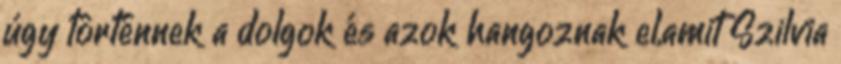
úgy történnek a dolgok és azok hangoznak el,amit Szilvia